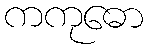
ကကုဓော